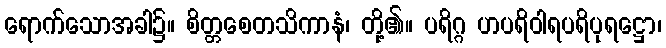
ရောက်သောအခါ၌။ စိတ္တစေတသိကာနံ၊ တို့၏။ ပရိဂ္ဂ ဟပရိဝါရပရိပုရဋ္ဌော၊